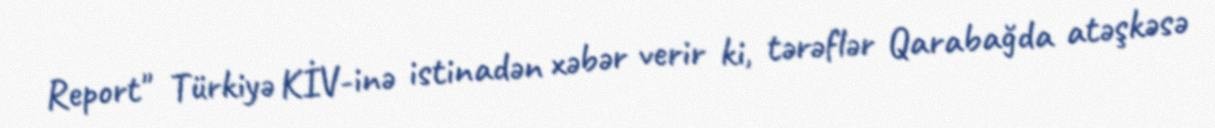
Report" Türkiyə KİV-inə istinadən xəbər verir ki, tərəflər Qarabağda atəşkəsə